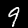
Digit: 9